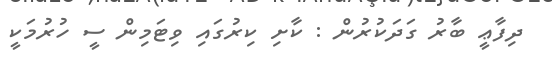
ދިފާޢީ ބާރު ގަދަކުރުން : ކާށި ކިރުގައި ވިޓަމިން ސީ ހުރުމަކީ